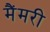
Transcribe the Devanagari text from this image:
मैंमरी